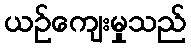
ယဉ်ကျေးမှုသည်